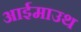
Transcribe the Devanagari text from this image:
आईमाउथ